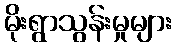
မိုးရွာသွန်းမှုများ